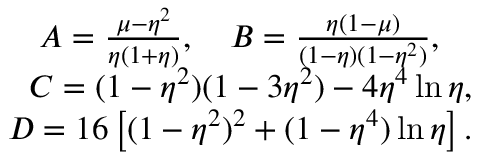
\begin{array} { r } { A = \frac { \mu - \eta ^ { 2 } } { \eta ( 1 + \eta ) } , \quad B = \frac { \eta ( 1 - \mu ) } { ( 1 - \eta ) ( 1 - \eta ^ { 2 } ) } , \quad } \\ { C = ( 1 - \eta ^ { 2 } ) ( 1 - 3 \eta ^ { 2 } ) - 4 \eta ^ { 4 } \ln { \eta } , } \\ { D = 1 6 \left[ ( 1 - \eta ^ { 2 } ) ^ { 2 } + ( 1 - \eta ^ { 4 } ) \ln { \eta } \right] . } \end{array}